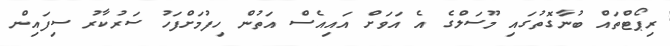
ރިޕޯޓްތައް ބުނާގޮތުގައި މޫސަލްގެ އެ އަވަށް އައިއެސް އަތުން ހިފުމަށްފަހު ސަރުކާރު ސިފައިން